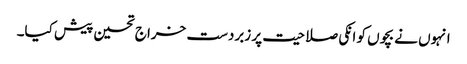
انہوں نے بچوں کو انکی صلاحیت پر زبردست خراج تحسین پیش کیا۔